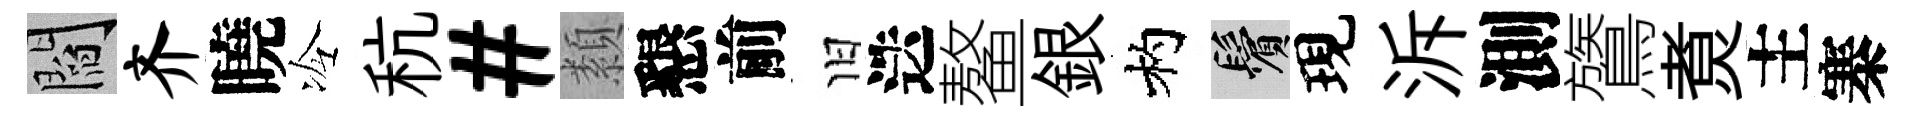
閻齐曉冷秔#纇懇前旧迭鳌銀杓鬢現泝測鷟煑主寨